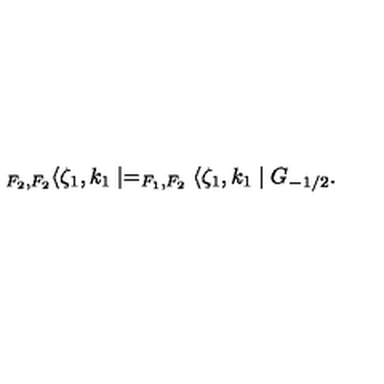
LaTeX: _ { F _ { 2 } , F _ { 2 } } \langle \zeta _ { 1 } , k _ { 1 } \mid = _ { F _ { 1 } , F _ { 2 } } \langle \zeta _ { 1 } , k _ { 1 } \mid G _ { - 1 / 2 } .